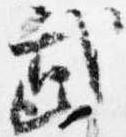
武